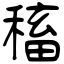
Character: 稸